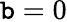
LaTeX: \mathtt{b}=0